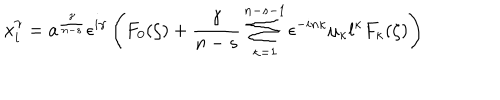
x _ { i } ^ { \gamma } = a ^ { \frac { \gamma } { n - s } } \epsilon ^ { i \gamma } \left( F _ { 0 } ( \zeta ) + \frac { \gamma } { n - s } \sum _ { \kappa = 1 } ^ { n - s - 1 } \epsilon ^ { - i n \kappa } \mu _ { \kappa } l ^ { \kappa } F _ { \kappa } ( \zeta ) \right)